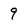
Character: 9